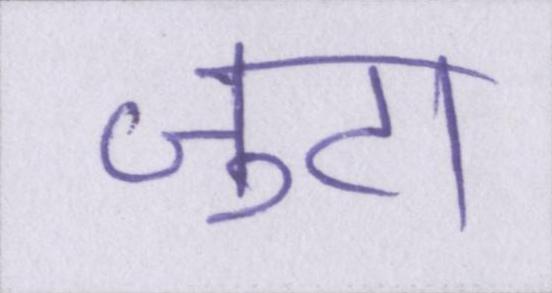
जुटा